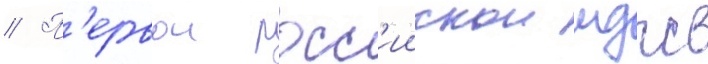
// П'ервои росс'иискои мдпс